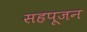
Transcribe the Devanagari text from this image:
सहपूजन